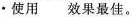
·使用 效果最佳。